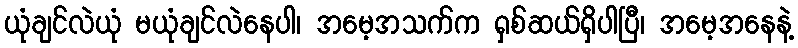
ယုံချင်လဲယုံ မယုံချင်လဲနေပါ၊ အမေ့အသက်က ရှစ်ဆယ်ရှိပါပြီ၊ အမေ့အနေနဲ့